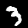
Digit: 3